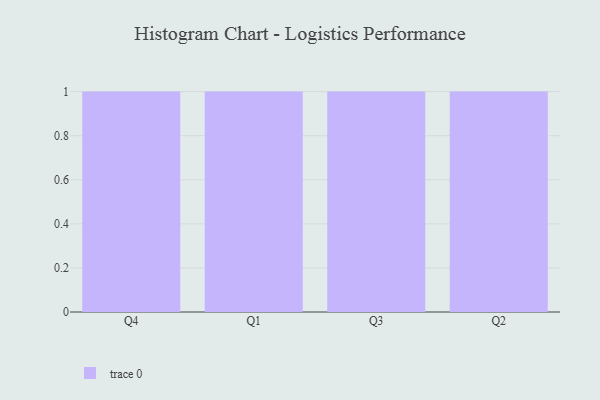
{"axis": {"x": "Quarter", "y": "Waste Production (Tons)"}, "legend": [""], "data": [{"x": "Q4", "y": 55, "type": ""}, {"x": "Q1", "y": 27, "type": ""}, {"x": "Q3", "y": 32, "type": ""}, {"x": "Q2", "y": 53, "type": ""}]}